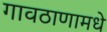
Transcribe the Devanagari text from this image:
गावठाणामधे